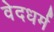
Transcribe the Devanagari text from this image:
वेदधर्म